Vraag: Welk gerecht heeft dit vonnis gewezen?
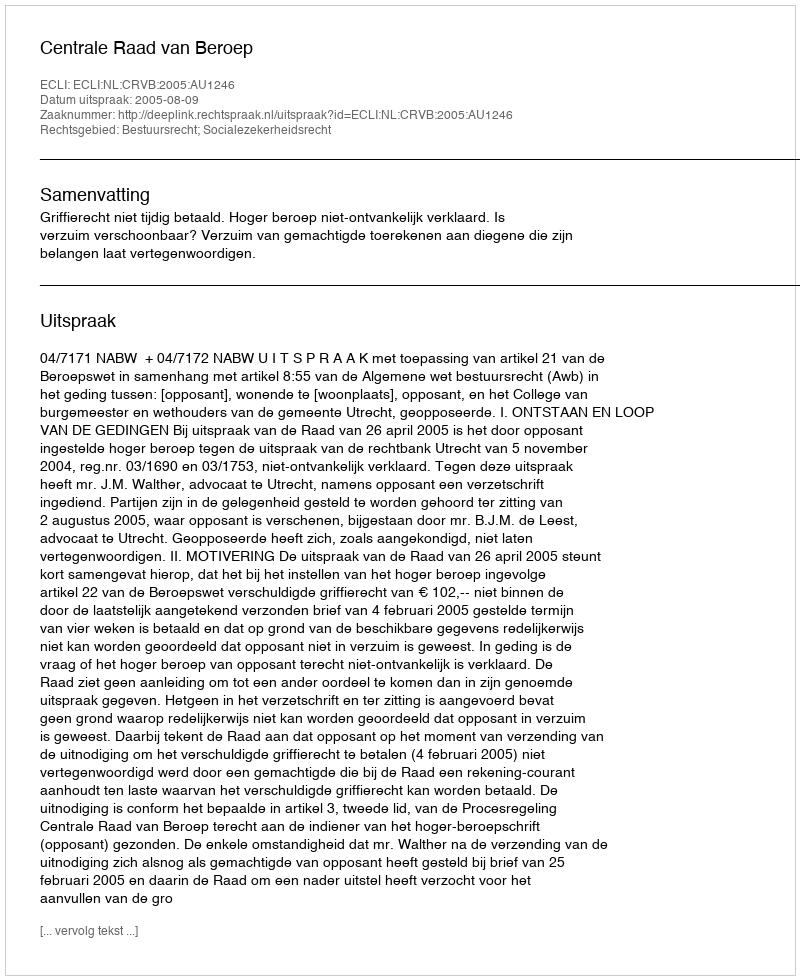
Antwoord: Centrale Raad van Beroep